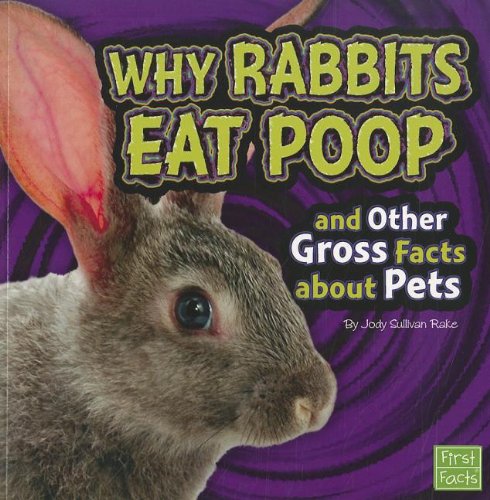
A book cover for Why Rabbits Eat Poop and Other Gross Facts about Pets (Gross Me Out); Jody Sullivan Rake; Crafts, Hobbies & Home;